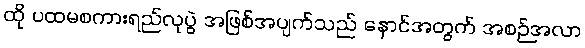
ထို ပထမစကားရည်လုပွဲ အဖြစ်အပျက်သည် နောင်အတွက် အစဉ်အလာ